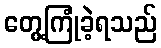
တွေ့ကြုံခဲ့ရသည်